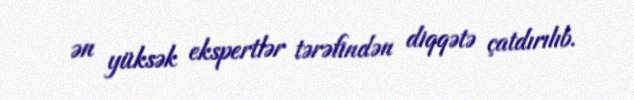
ən yüksək ekspertlər tərəfindən diqqətə çatdırılıb.